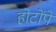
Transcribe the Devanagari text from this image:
होटोंपे